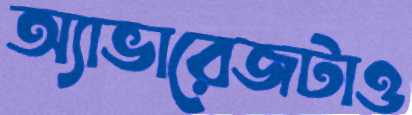
অ্যাভারেজটাও